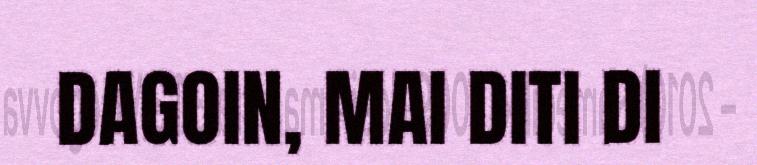
DAGOIN, MAI DITI DI